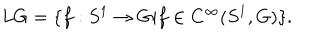
L G = \{ f : S ^ { 1 } \rightarrow G | f \in C ^ { \infty } ( S ^ { 1 } , G ) \} .